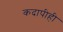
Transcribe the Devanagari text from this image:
कदापीही